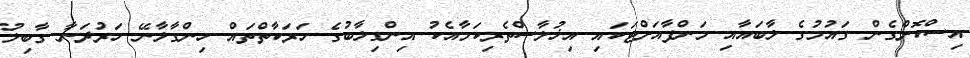
އިސްކޮށްގެން ގައުމުގެ ލާބައާއި މަންފާއަށްޓަކައި އިޚުލާސްތެރިކަމާއެކު އިންގިލާބުގެ ހަރަކާތްތައް ހިންގާލާނޭ ހަރުދަނާ ގާބިލު